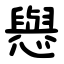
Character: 㦛